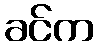
ခင်က